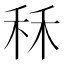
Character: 秝